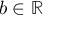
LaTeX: b \in \mathbb { R }